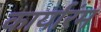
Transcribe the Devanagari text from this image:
कार्यारंम